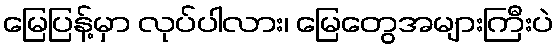
မြေပြန့်မှာ လုပ်ပါလား၊ မြေတွေအများကြီးပဲ